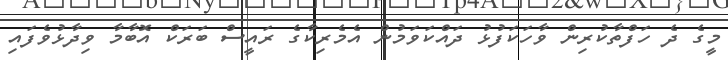
މީގެ ދެ ހަފްތާކުރިން ވާހަކަފުޅު ދައްކަވަމުން އެމެރިކާގެ ރައީސް ބަރަކް އޮބާމާ ވިދާޅުވެފައި